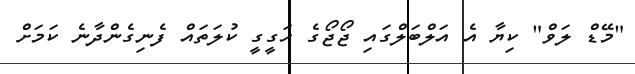
"މޭޑް ލަވް" ކިޔާ އެ އަލްބަލްގައި ޖޯޖޯގެ ހަގީގީ ކުލަތައް ފެނިގެންދާނެ ކަމަށް